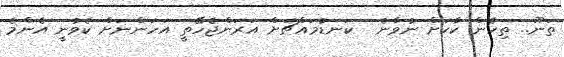
ތަނޫ.. ތިހެން ކާކަށް ނުވާނެ  ކަނޑުމައްޗަށް އަރަންޖެހޭތީ އަހަންނަށް ކެވުނީ އެންމެ